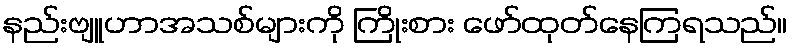
နည်းဗျူဟာအသစ်များကို ကြိုးစား ဖော်ထုတ်နေကြရသည်။